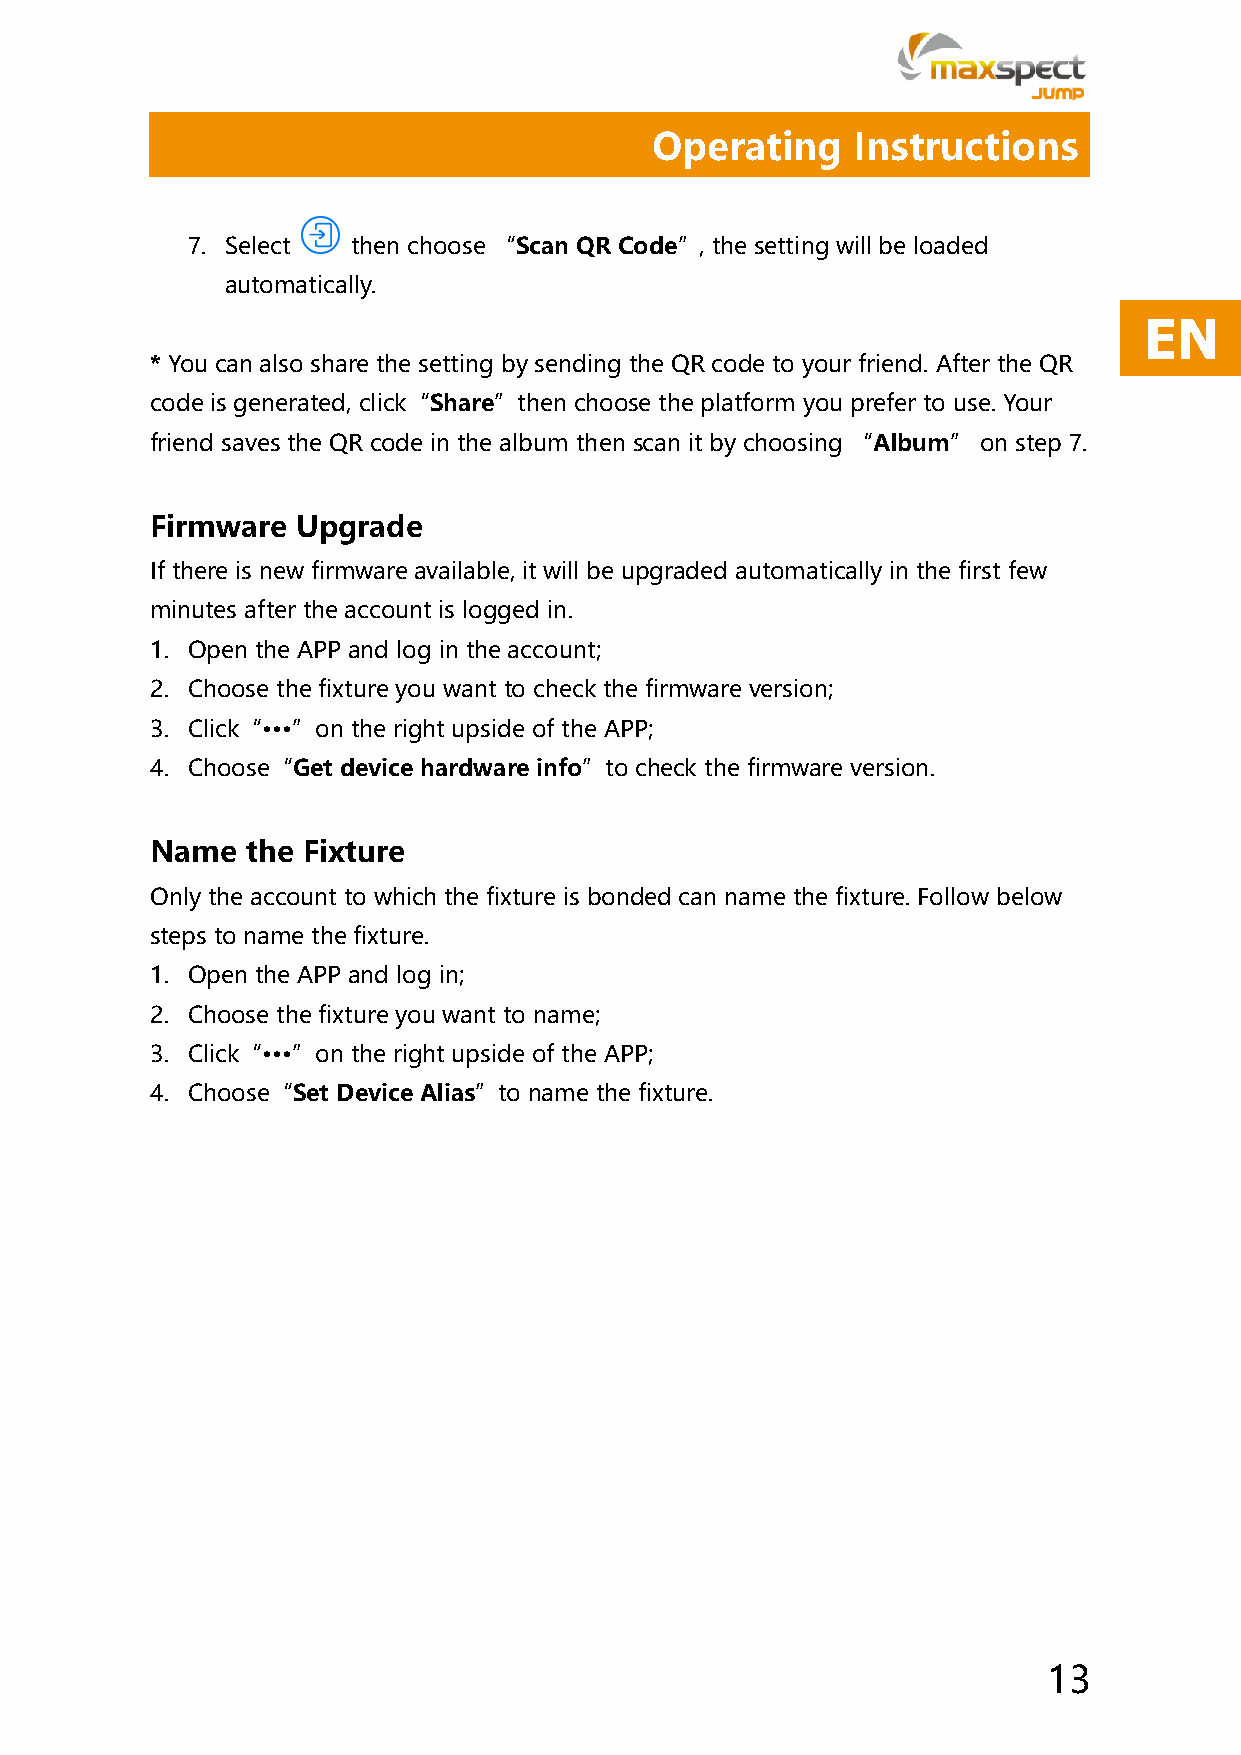
Operating     Instructions
 7. Select  then choose “Scan QR Code”, the setting will be loaded
 automatically.
 EN
 * You can also share the setting by sending the QR code to your friend. After the QR
 code is generated, click“Share”then choose the platform you prefer to use. Your
 friend saves the QR code in the album then scan it by choosing “Album” on step 7.
 Firmware  Upgrade
 If there is new firmware available, it will be upgraded automatically in the first few
 minutes after the account is logged in.
 1. Open the APP and log in the account;
 2. Choose the fixture you want to check the firmware version;
 3. Click“∙∙∙”on the right upside of the APP;
 4. Choose“Get device hardware info”to check the firmware version.
 Name  the Fixture
 Only the account to which the fixture is bonded can name the fixture. Follow below
 steps to name the fixture.
 1. Open the APP and log in;
 2. Choose the fixture you want to name;
 3. Click“∙∙∙”on the right upside of the APP;
 4. Choose“Set Device Alias”to name the fixture.
 13